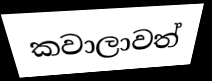
කවාලාවත්